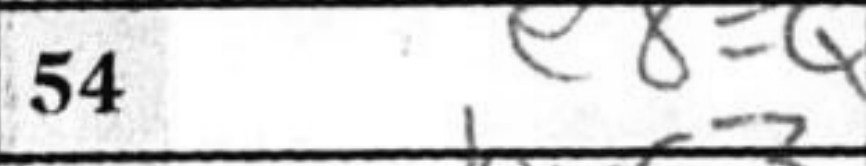
Transcription: e8=Q